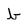
Character: b